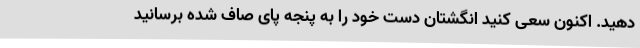
دهید. اکنون سعی کنید انگشتان دست خود را به پنجه پای صاف شده برسانید